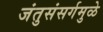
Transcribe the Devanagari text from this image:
जंतुसंसर्गमुळे